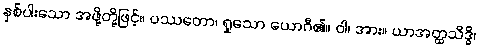
နှစ်ပါးသော အဖို့တို့ဖြင့်။ ပဿတော၊ ရှုသော ယောဂီ၏။ ဝါ၊ အား။ ယာအတ္ထသိဒ္ဓိ၊